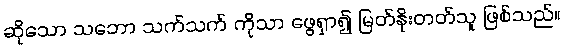
ဆိုသော သဘော သက်သက် ကိုသာ ဖွေရှာ၍ မြတ်နိုးတတ်သူ ဖြစ်သည်။